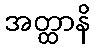
အတ္ထာနိ